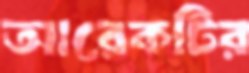
আরেকটির